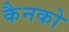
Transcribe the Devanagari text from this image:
कैनको